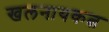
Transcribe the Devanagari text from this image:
खलनायकत्व